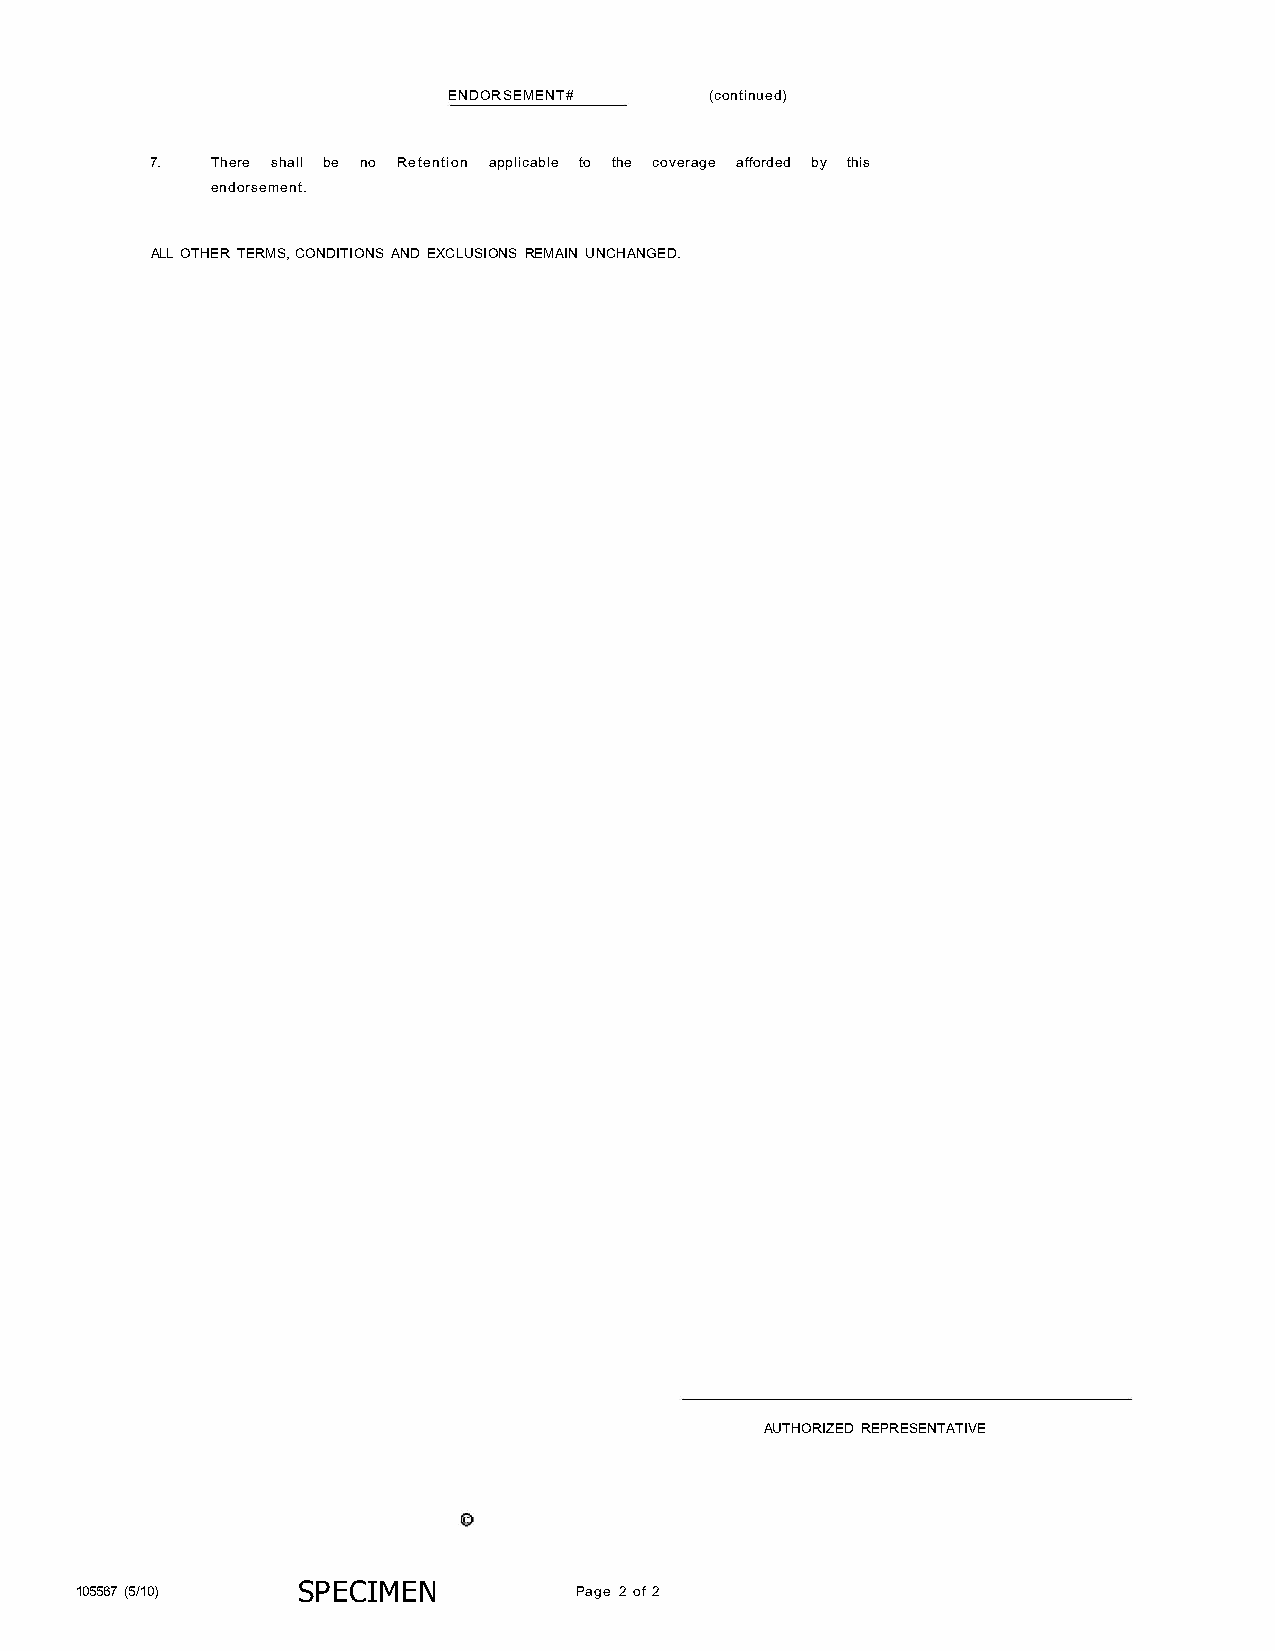
ENDORSEMENT#     (continued)
 7.  There shall be no Retention applicable to the coverage afforded by this
 endorsement.
 ALL OTHER TERMS, CONDITIONS AND EXCLUSIONS REMAIN UNCHANGED.
 AUTHORIZED REPRESENTATIVE
 105567 (5/ 10) SP ECIMEN         Page 2 of 2